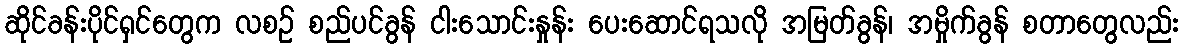
ဆိုင်ခန်းပိုင်ရှင်တွေက လစဉ် စည်ပင်ခွန် ငါးသောင်းနှုန်း ပေးဆောင်ရသလို အမြတ်ခွန်၊ အမှိုက်ခွန် စတာတွေလည်း